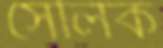
সেলিক